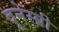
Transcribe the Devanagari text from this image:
दूनेस्ब्री